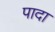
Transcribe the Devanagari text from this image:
पादा